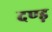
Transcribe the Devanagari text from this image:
दण्ड़